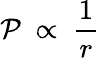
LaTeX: \mathcal{P}\ \propto\ {\frac{{1}}{{r}}}